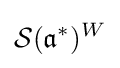
{\mathcal {S}}({\mathfrak {a}}^{*})^{W}